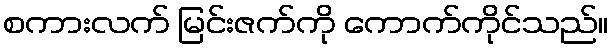
စကားလက် မြင်းဇက်ကို ကောက်ကိုင်သည်။